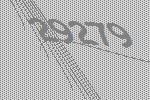
29279